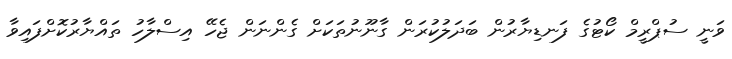
ވަނީ ސުޕްރީމް ކޯޓުގެ ފަނޑިޔާރުން ބަދަލުކުރަން ގާނޫނުތަކަށް ގެންނަން ޖެހޭ އިސްލާހު ތައްޔާރުކޮށްފައިވާ